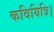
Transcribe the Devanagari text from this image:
कवियित्रि।